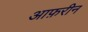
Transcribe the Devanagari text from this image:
आफ़रीन